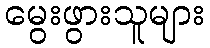
မွေးဖွားသူများ